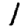
Digit: 1